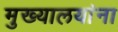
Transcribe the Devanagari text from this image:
मुख्यालयांना